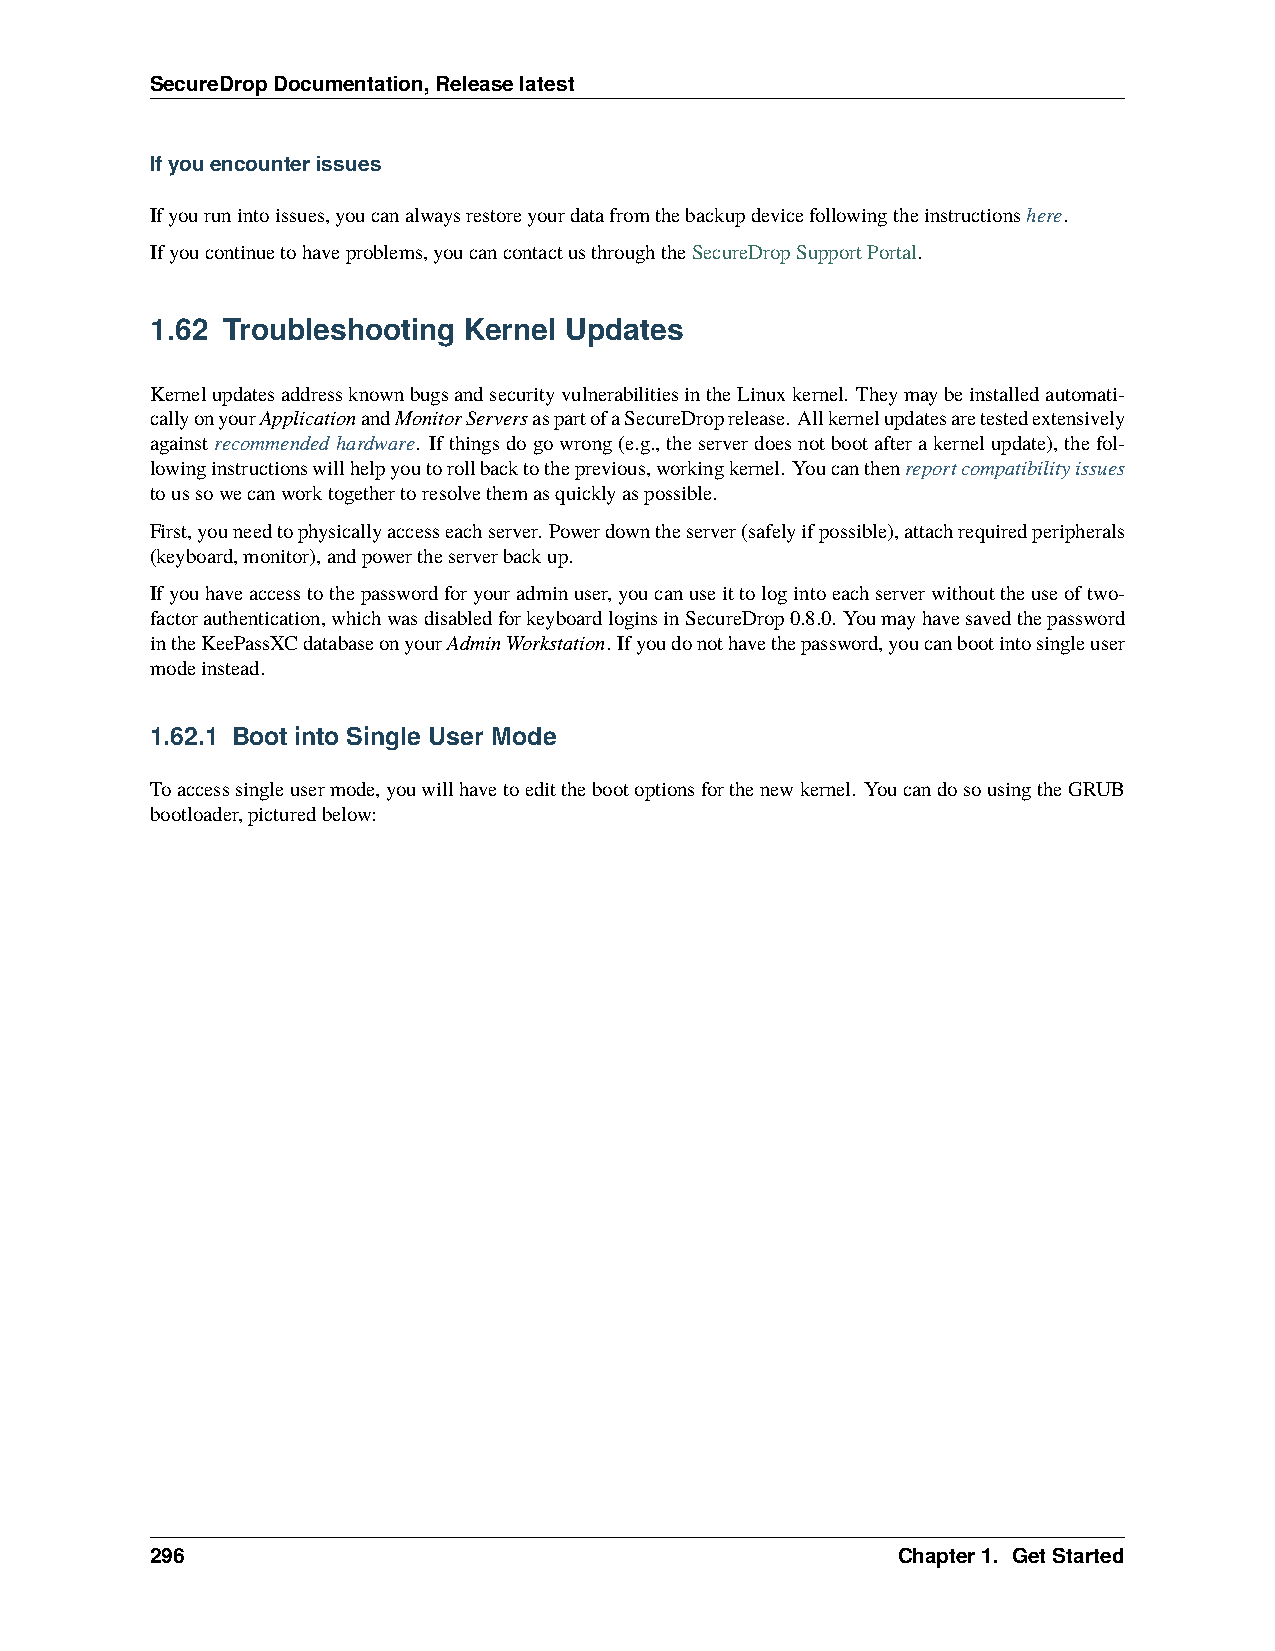
SecureDropDocumentation,Releaselatest
 Ifyouencounterissues
 Ifyourunintoissues,youcanalwaysrestoreyourdatafromthebackupdevicefollowingtheinstructionshere.
 Ifyoucontinuetohaveproblems,youcancontactusthroughtheSecureDropSupportPortal.
 1.62 Troubleshooting Kernel Updates
 KernelupdatesaddressknownbugsandsecurityvulnerabilitiesintheLinuxkernel. Theymaybeinstalledautomati-
 callyonyourApplicationandMonitorServersaspartofaSecureDroprelease. Allkernelupdatesaretestedextensively
 againstrecommendedhardware. Ifthingsdogowrong(e.g.,theserverdoesnotbootafterakernelupdate),thefol-
 lowinginstructionswillhelpyoutorollbacktotheprevious,workingkernel. Youcanthenreportcompatibilityissues
 toussowecanworktogethertoresolvethemasquicklyaspossible.
 First,youneedtophysicallyaccesseachserver. Powerdowntheserver(safelyifpossible),attachrequiredperipherals
 (keyboard,monitor),andpowertheserverbackup.
 Ifyouhaveaccesstothepasswordforyouradminuser,youcanuseittologintoeachserverwithouttheuseoftwo-
 factorauthentication,whichwasdisabledforkeyboardloginsinSecureDrop0.8.0. Youmayhavesavedthepassword
 intheKeePassXCdatabaseonyourAdminWorkstation. Ifyoudonothavethepassword,youcanbootintosingleuser
 modeinstead.
 1.62.1 Boot into Single User Mode
 Toaccesssingleusermode,youwillhavetoeditthebootoptionsforthenewkernel. YoucandosousingtheGRUB
 bootloader,picturedbelow:
 296                                              Chapter1. GetStarted